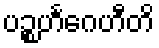
ပဉ္စဟင်္ဂေဟီတိ